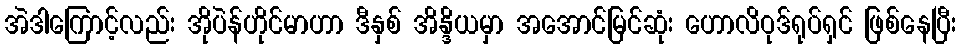
အဲဒါကြောင့်လည်း အိုပဲန်ဟိုင်မာဟာ ဒီနှစ် အိန္ဒိယမှာ အအောင်မြင်ဆုံး ဟောလိဝုဒ်ရုပ်ရှင် ဖြစ်နေပြီး